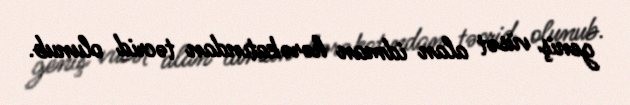
geniş vüsət alan idman hərəkatından təcrid olunub.